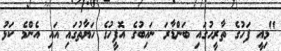
"މިއީ ފަހުގެ ތާރީހުގައި ބަންޑާރަ ނައިބުގެ އޮފީހުގެ ހަޔާތުގައި އައި އެންމެ ކަޅު